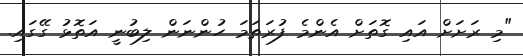
"މި ރަށަށް އައި ގޮތަށް އެންމެ ފުރަތަމަ ހުންނަން ލިބުނީ އަތޮޅު ގޭގައި.